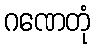
ဂဏေတုံ